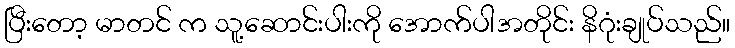
ပြီးတော့ မာတင် က သူ့ဆောင်းပါးကို အောက်ပါအတိုင်း နိဂုံးချုပ်သည်။